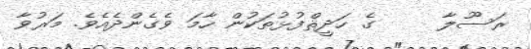
ރަސޫލާ     ގެ ހަދީޘްފުޅުތަކުން ހާމަ ވެގެންދެއެވެ. މަރުވާ